65_HS1-834228961_62-HQ-83894_Section_4
Agency: FBI
Page 79
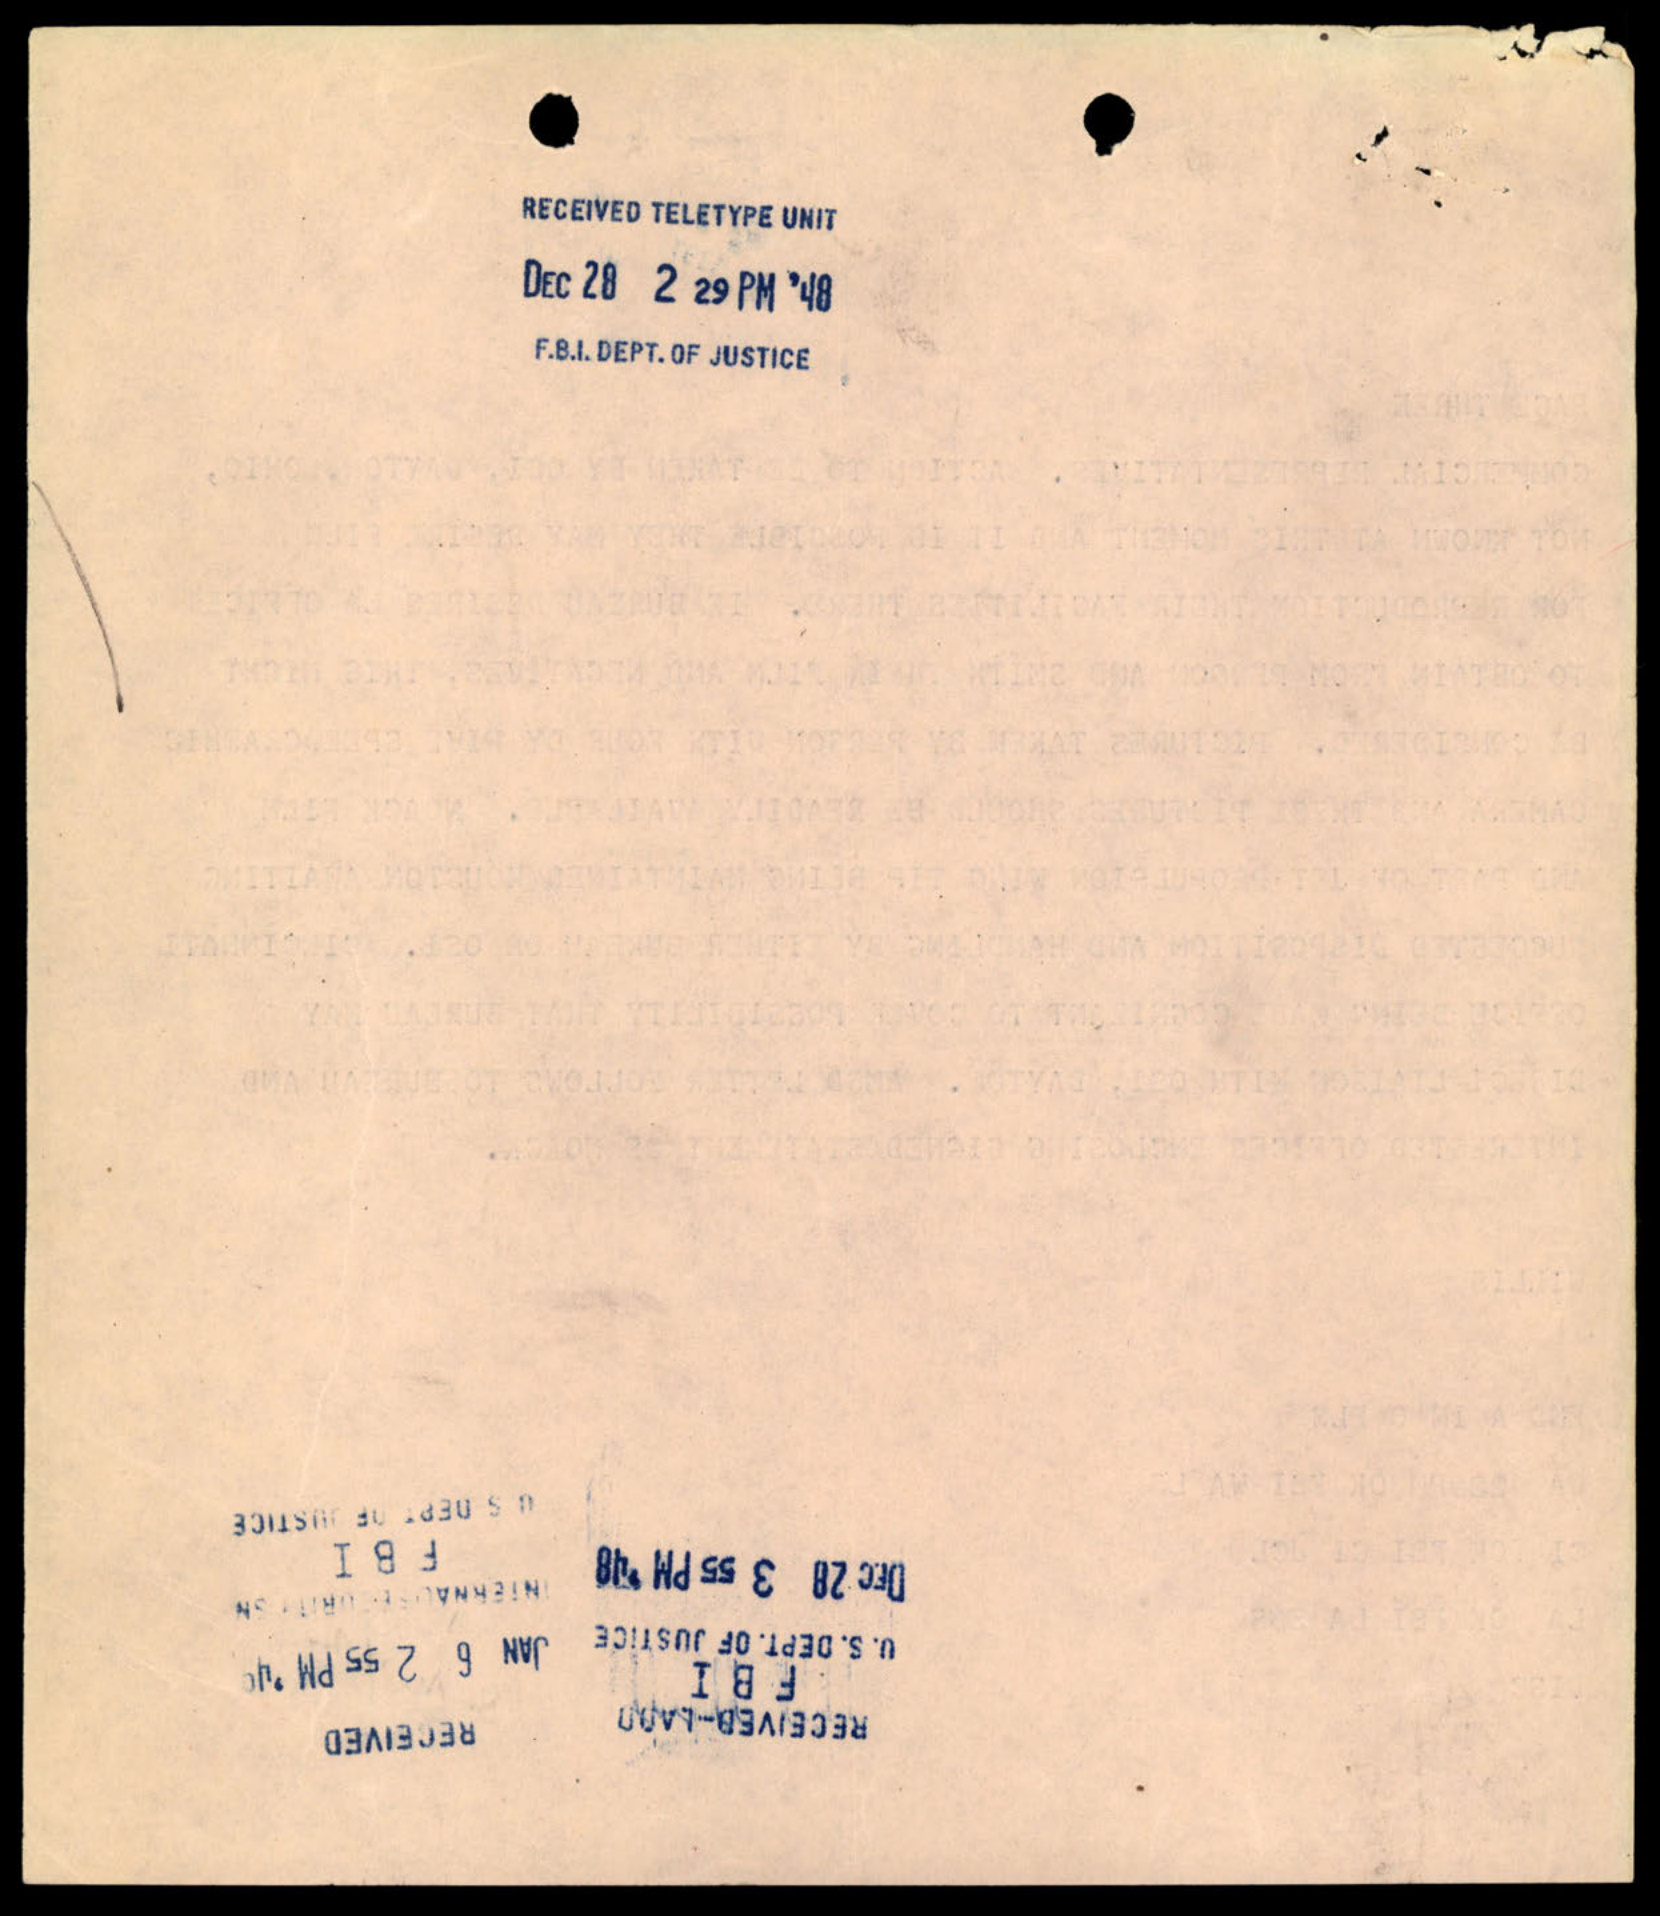